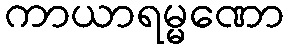
ကာယာရမ္မဏော